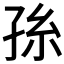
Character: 𭓂